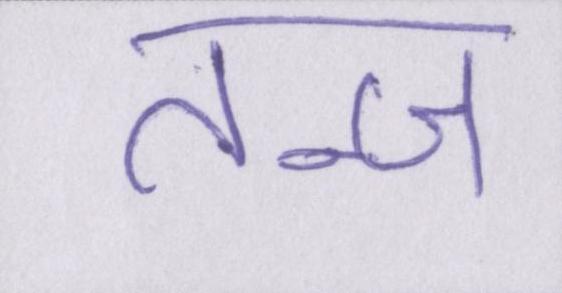
तन्ज